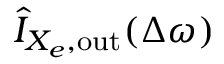
\hat { I } _ { X _ { e } , \mathrm { o u t } } ( \Delta \omega )